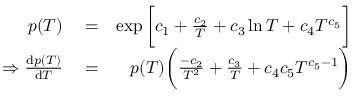
\begin{array} { r l r } { p ( T ) } & { { } = } & { \exp \bigg [ c _ { 1 } + \frac { c _ { 2 } } { T } + c _ { 3 } \ln T + c _ { 4 } T ^ { c _ { 5 } } \bigg ] } \\ { \Rightarrow \frac { \mathrm { d } p ( T ) } { \mathrm { d } T } } & { { } = } & { p ( T ) \bigg ( \frac { - c _ { 2 } } { T ^ { 2 } } + \frac { c _ { 3 } } { T } + c _ { 4 } c _ { 5 } T ^ { c _ { 5 } - 1 } \bigg ) } \end{array}